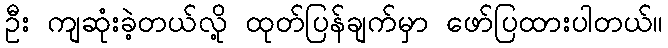
ဦး ကျဆုံးခဲ့တယ်လို့ ထုတ်ပြန်ချက်မှာ ဖော်ပြထားပါတယ်။